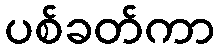
ပစ်ခတ်ကာ